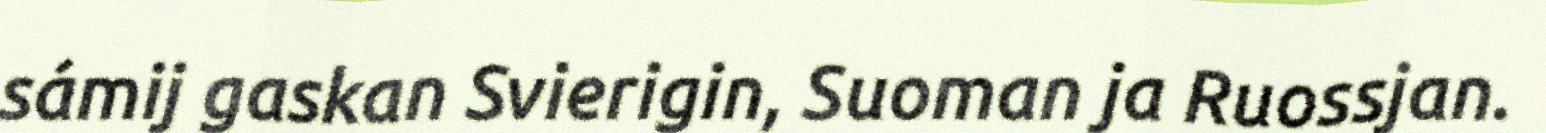
sámij gaskan Svierigin, Suoman ja Ruossjan.